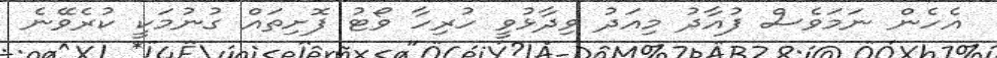
އެހެން ނަމަވެސް ފުއާދު މިއަދު ވިދާޅުވީ ހުރިހާ ވޯޓު ފޮށިތައް ގުނުމަކީ ކުރެވޭނެ